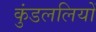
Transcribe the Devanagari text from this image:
कुंडललियों